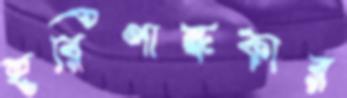
হরিণান্ধকার